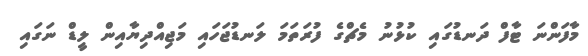
މާފަންނަ ޓާފް ދަނޑުގައި ކުޅުނު މެޗްގެ ފުރަތަމަ ލަނޑުޖަހައި މަޖިއްދިޔާއިން ލީޑް ނަގައި